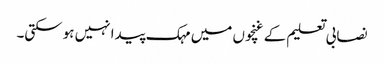
نصابی تعلیم کے غنچوں میں مہک پیدا نہیں ہوسکتی۔